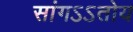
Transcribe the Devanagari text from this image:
सांगऽऽतोय